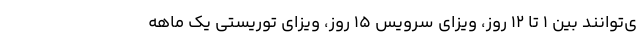
ی‌توانند بین 1 تا 12 روز، ویزای سرویس 15 روز، ویزای توریستی یک ماهه